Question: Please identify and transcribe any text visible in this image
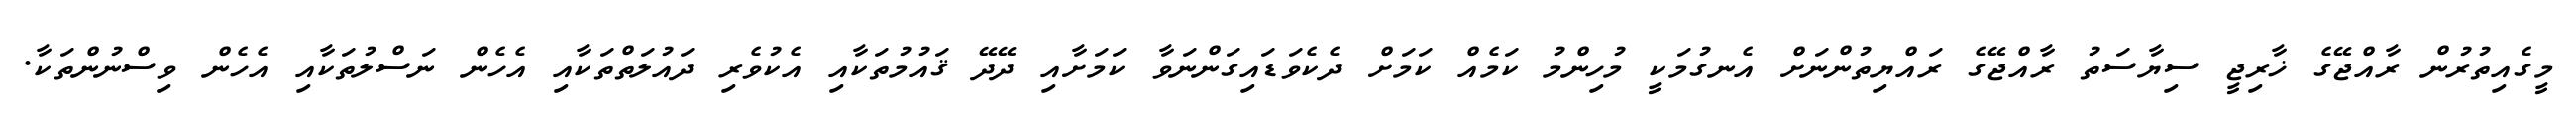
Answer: މީގެއިތުރުން ރާއްޖޭގެ ޚާރިޖީ ސިޔާސަތު ރާއްޖޭގެ ރައްޔިތުންނަށް އެނގުމަކީ މުހިންމު ކަމެއް ކަމަށް ދެކެވަޑައިގަންނަވާ ކަމަށާއި ދޭދޭ ޤައުމުތަކާއި އެކުވެރި ދައުލަތްތަކާއި އެހެން ނަސްލުތަކާއި އެހެން ވިސްނުންތަކާ.